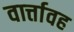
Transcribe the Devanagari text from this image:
वार्त्तावह